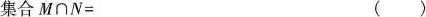
集合$$M\cap N=$$ ()